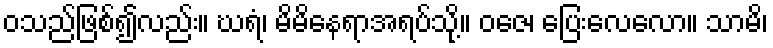
ဝသည်ဖြစ်၍လည်း။ ဃရံ၊ မိမိနေရာအရပ်သို့။ ဝဇေ၊ ပြေးလေလော။ သာမိ၊